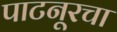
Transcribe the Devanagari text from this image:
पाटनूरचा